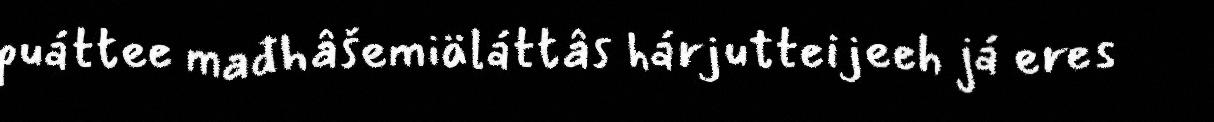
puáttee mađhâšemiäláttâs hárjutteijeeh já eres